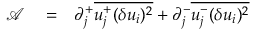
\begin{array} { r l r } { \mathcal { A } } & { { } = } & { \partial _ { j } ^ { + } \overline { { u _ { j } ^ { + } ( \delta u _ { i } ) ^ { 2 } } } + \partial _ { j } ^ { - } \overline { { u _ { j } ^ { - } ( \delta u _ { i } ) ^ { 2 } } } } \end{array}